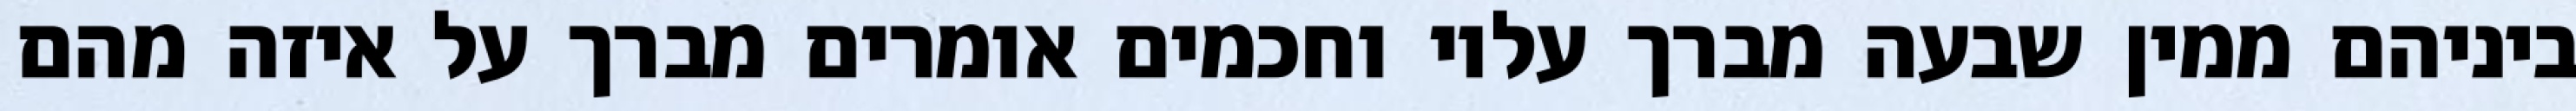
ביניהם ממין שבעה מברך עליו וחכמים אומרים מברך על איזה מהם